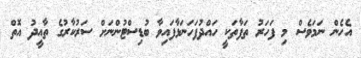
އެހެން ނަމަވެސް މި ފަހަރު ތަފާތަކީ ހައްދުފަހަނަޅާފައިވާ ބުޑިސްޓުންނަށް ސަރުކާރުގެ ތާއީދު އޮތް